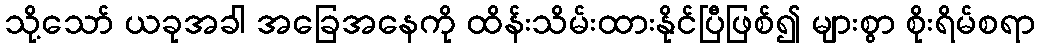
သို့သော် ယခုအခါ အခြေအနေကို ထိန်းသိမ်းထားနိုင်ပြီဖြစ်၍ များစွာ စိုးရိမ်စရာ